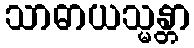
သာဓာယသ္မန္တာ